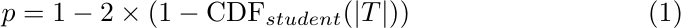
\begin{equation}
    p = 1 - 2 \times (1 - \text{CDF}_{student}(\lvert T \rvert))
\end{equation}